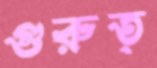
গুরুত্